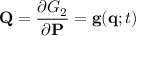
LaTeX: \mathbf { Q } = { \frac { \partial G _ { 2 } } { \partial \mathbf { P } } } = \mathbf { g } ( \mathbf { q } ; t )